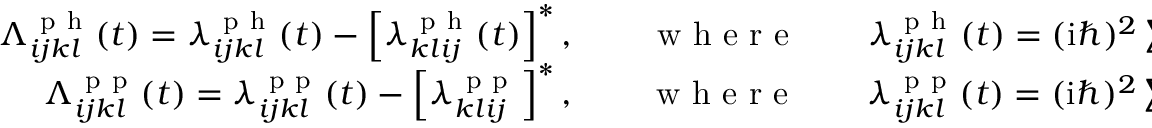
\begin{array} { r } { \Lambda _ { i j k l } ^ { \mathrm { ~ p ~ h ~ } } ( t ) = \lambda _ { i j k l } ^ { \mathrm { ~ p ~ h ~ } } ( t ) - \left[ \lambda _ { k l i j } ^ { \mathrm { ~ p ~ h ~ } } ( t ) \right] ^ { * } , \qquad \mathrm { ~ w ~ h ~ e ~ r ~ e ~ } \qquad \lambda _ { i j k l } ^ { \mathrm { ~ p ~ h ~ } } ( t ) = ( \mathrm { i } \hbar ) ^ { 2 } \sum _ { p q r s } \mathcal { G } _ { q j k p } ( t ) \, w _ { r p q s } ( t ) \left[ G _ { i r } ^ { > } ( t ) \, G _ { s l } ^ { < } ( t ) - G _ { i r } ^ { < } ( t ) \, G _ { s l } ^ { > } ( t ) \right] , } \\ { \Lambda _ { i j k l } ^ { \mathrm { ~ p ~ p ~ } } ( t ) = \lambda _ { i j k l } ^ { \mathrm { ~ p ~ p ~ } } ( t ) - \left[ \lambda _ { k l i j } ^ { \mathrm { ~ p ~ p ~ } } \right] ^ { * } , \qquad \mathrm { ~ w ~ h ~ e ~ r ~ e ~ } \qquad \lambda _ { i j k l } ^ { \mathrm { ~ p ~ p ~ } } ( t ) = ( \mathrm { i } \hbar ) ^ { 2 } \sum _ { p q r s } \left[ G _ { i r } ^ { > } ( t ) \, G _ { j s } ^ { > } ( t ) - G _ { i r } ^ { < } ( t ) \, G _ { j s } ^ { < } ( t ) \right] w _ { r s p q } ( t ) \, \mathcal { G } _ { p q k l } ( t ) \, . } \end{array}